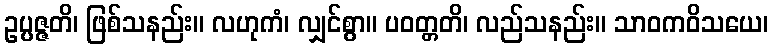
ဥပ္ပဇ္ဇတိ၊ ဖြစ်သနည်း။ လဟုကံ၊ လျှင်စွာ။ ပဝတ္တတိ၊ လည်သနည်း။ သာဝကဝိသယေ၊